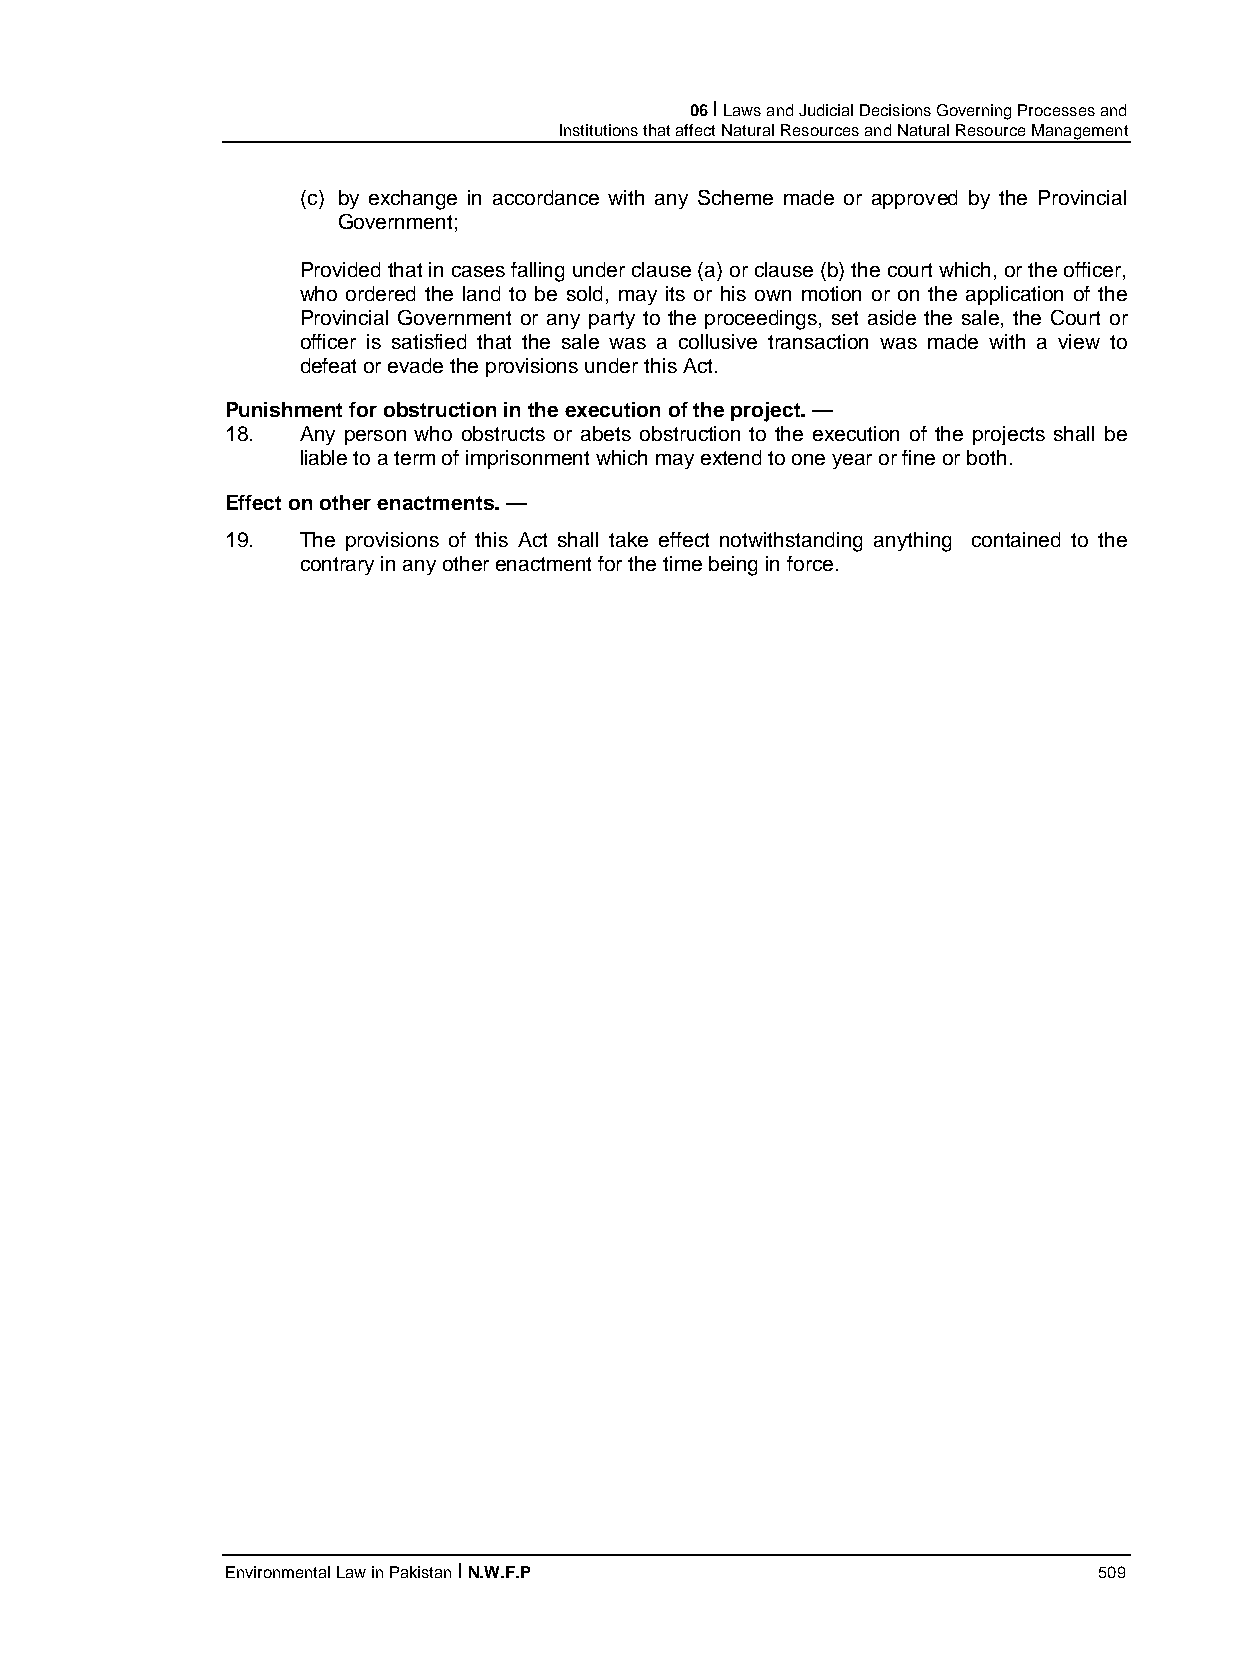
06 I Laws and Judicial Decisions Governing Processes and
 Institutions that affect Natural Resources and Natural Resource Management
 (c) by exchange in accordance with any Scheme made or approved by the Provincial
 Government;
 Provided that in cases falling under clause (a) or clause (b) the court which, or the officer,
 who ordered the land to be sold, may its or his own motion or on the application of the
 Provincial Government or any party to the proceedings, set aside the sale, the Court or
 officer is satisfied that the sale was a collusive transaction was made with a view to
 defeat or evade the provisions under this Act.
 Punishment for obstruction in the execution of the project. —
 18.  Any person who obstructs or abets obstruction to the execution of the projects shall be
 liable to a term of imprisonment which may extend to one year or fine or both.
 Effect on other enactments. —
 19.  The provisions of this Act shall take effect notwithstanding anything contained to the
 contrary in any other enactment for the time being in force.
 Environmental Law in Pakistan I N.W.F.P                   509